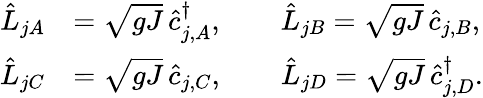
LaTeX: \begin{array}{rl}{\hat{L}_{jA}}&{=\sqrt{gJ}\, \hat{c}_{j,A}^{\dagger},\qquad\hat{L}_{jB}=\sqrt{gJ}\, \hat{c}_{j,B},}\\ {\hat{L}_{jC}}&{=\sqrt{gJ}\, \hat{c}_{j,C},\qquad\hat{L}_{jD}=\sqrt{gJ}\, \hat{c}_{j,D}^{\dagger}.}\end{array}